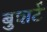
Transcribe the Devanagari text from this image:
बुशर्ट